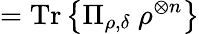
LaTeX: ={\mathrm{Tr}}\left\{ \Pi_{\rho,\delta}\ \rho^{\otimes n}\right\}